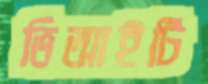
ভিআইটি